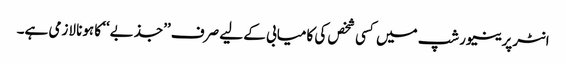
انٹرپرینیورشپ میں کسی شخص کی کامیابی کے لیے صرف ’’جذبے‘‘ کا ہونا لازمی ہے۔